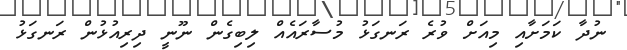
ނުދާ ކަމަށާއި މިއަށް ވުރެ ރަނގަޅު މުސާރައެއް ލިބިގެން ނޫނީ ދިރިއުޅުން ރަނގަޅު